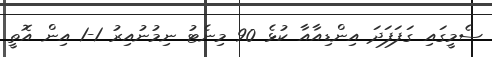
ސެމީގައި ގަފަފަދަ އިންޑިއާއާ ކުޅެ 90 މިނެޓު ނިމުނުއިރު 1-1 އިން އޮތީ